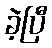
ခဲ့ပြီ